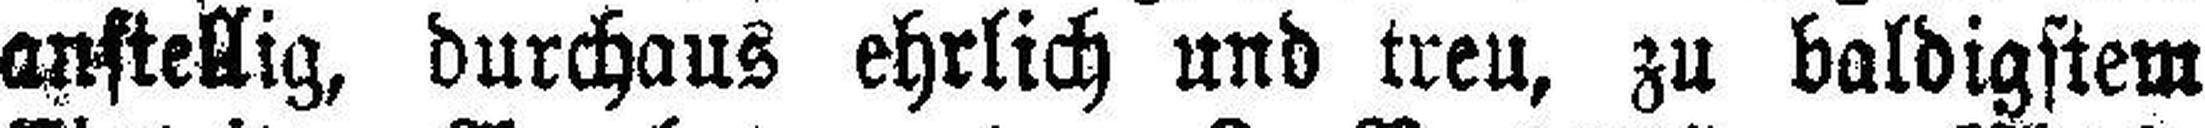
anstellig, durchaus ehrlich und treu, zu baldigstem